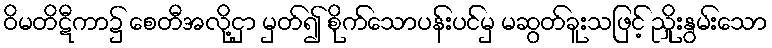
ဝိမတိဋီကာ၌ စေတီအလို့ငှာ မှတ်၍ စိုက်သောပန်းပင်မှ မဆွတ်ခူးသဖြင့် ညှိုးနွမ်းသော